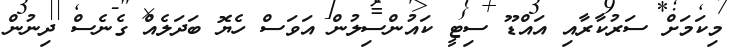
މިކަމަށް ސަރުކާރާއި އައްޑޫ ސިޓީ ކައުންސިލުން އަވަސް ހެޔޮ ބަދަލެއް ގެނެސް ދިނުން